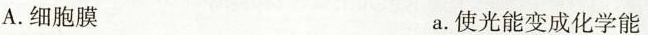
A.细胞膜 a.使光能变成化学能